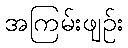
အကြမ်းဖျဉ်း